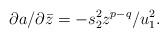
LaTeX: \begin{align*}\partial a/\partial\bar z =- s_2^2z^{p-q}/u_1^2.\end{align*}